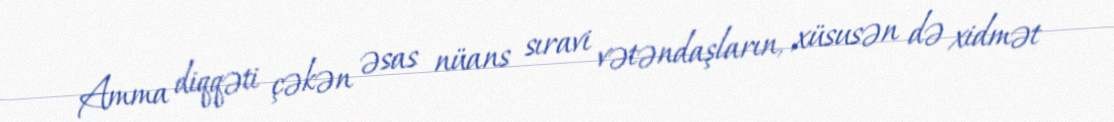
Amma diqqəti çəkən əsas nüans sıravi vətəndaşların, xüsusən də xidmət